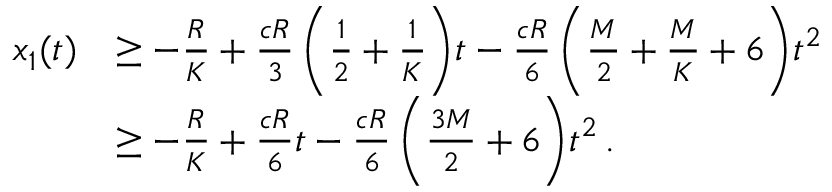
\begin{array} { r l } { x _ { 1 } ( t ) } & { \geq - \frac { R } { K } + \frac { c R } { 3 } \, \bigg ( \frac { 1 } { 2 } + \frac { 1 } { K } \bigg ) t - \frac { c R } { 6 } \, \bigg ( \frac { M } { 2 } + \frac { M } { K } + 6 \bigg ) t ^ { 2 } \, } \\ & { \geq - \frac { R } { K } + \frac { c R } { 6 } t - \frac { c R } { 6 } \, \bigg ( \frac { 3 M } { 2 } + 6 \bigg ) t ^ { 2 } \, . } \end{array}